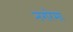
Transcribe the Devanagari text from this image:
नगरेमा